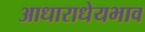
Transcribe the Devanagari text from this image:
आधाराधेयभाव